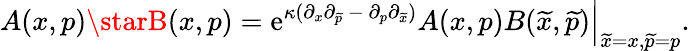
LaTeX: A(x,p)\starB(x,p)=\mathrm{e}^{\kappa(\partial_{x}\partial_{\widetilde{{p}}}{~}-{~}\partial_{p}\partial_{\widetilde{{x}}})}A(x,p)B({\widetilde{{x}}},{\widetilde{{p}}})\Big|_{{\widetilde{{x}}=x},{\widetilde{{p}}=p}}.